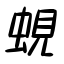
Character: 蜆